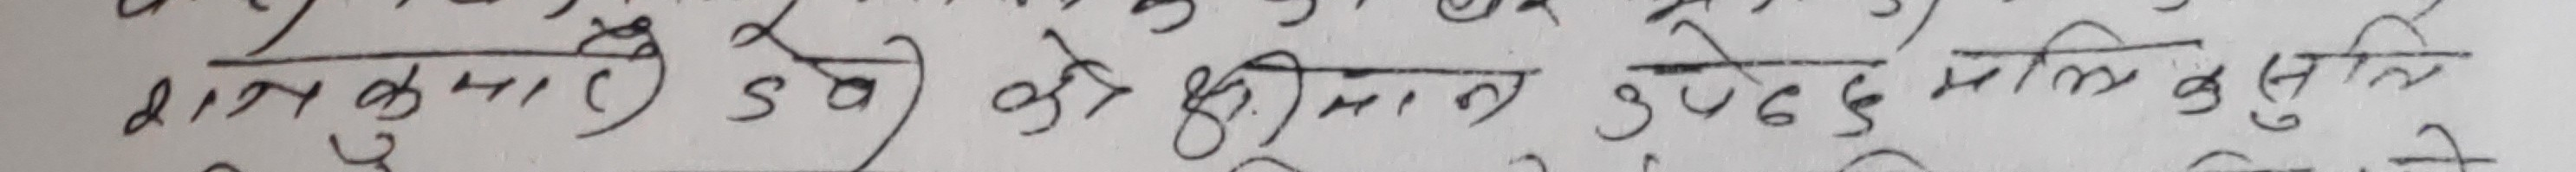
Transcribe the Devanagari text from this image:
राजकुमार उले को श्रीमान उपेन्द्र मल्ल कुस्तीले